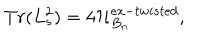
T r ( L _ { s } ^ { 2 } ) = 4 { \cal H } _ { B _ { n } } ^ { e x - t w i s t e d } ,